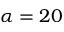
\alpha = 2 0